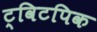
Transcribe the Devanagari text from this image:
ट्विटपिक